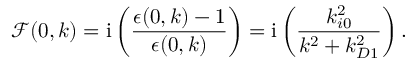
\mathcal { F } ( 0 , \boldsymbol { k } ) = \mathrm { i } \left( \frac { \epsilon ( 0 , \boldsymbol { k } ) - 1 } { \epsilon ( 0 , \boldsymbol { k } ) } \right) = \mathrm { i } \left( \frac { k _ { i 0 } ^ { 2 } } { k ^ { 2 } + k _ { D 1 } ^ { 2 } } \right) .